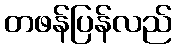
တဖန်ပြန်လည်